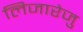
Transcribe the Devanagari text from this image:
लिजारेजु